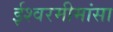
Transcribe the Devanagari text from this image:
ईश्वरमीमांसा